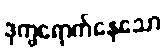
ဒုက္ခရောက်နေသော